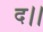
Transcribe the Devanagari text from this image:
द।।